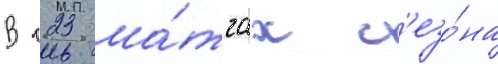
В 123 ма́тчах с'езо́на